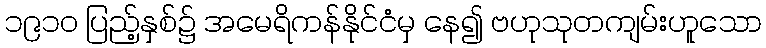
၁၉၁၀ ပြည့်နှစ်၌ အမေရိကန်နိုင်ငံမှ နေ၍ ဗဟုသုတကျမ်းဟူသော